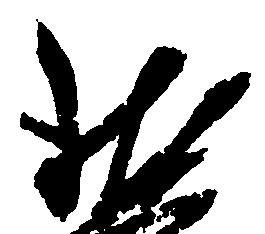
琳